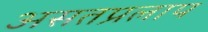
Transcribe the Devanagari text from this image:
असतप्रलाप